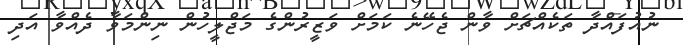
ނުއުފައްދާ ތަކެއްޗަށް ވާން ޖެހޭނެ ކަމަށް ވަޒީރުންގެ މަޖްލީހުން ނިންމަވާ ދެއްވާ އަދި